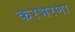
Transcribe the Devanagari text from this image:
करभरणा